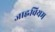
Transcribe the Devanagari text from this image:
जाह्नवियम